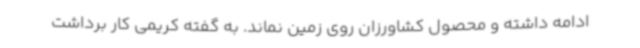
ادامه داشته و محصول کشاورزان روی زمین نماند. به گفته‌ کریمی کار برداشت